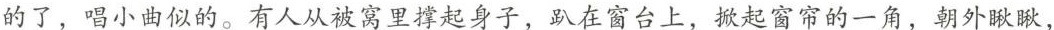
的了，唱小曲似的。有人从被窝里撑起身子，趴在窗台上，掀起窗帘的一角，朝外瞅瞅，